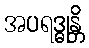
အပရဒ္ဓုန္တိ